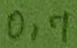
Text: 0,7